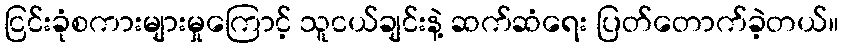
ငြင်းခုံစကားများမှုကြောင့် သူငယ်ချင်းနဲ့ ဆက်ဆံရေး ပြတ်တောက်ခဲ့တယ်။